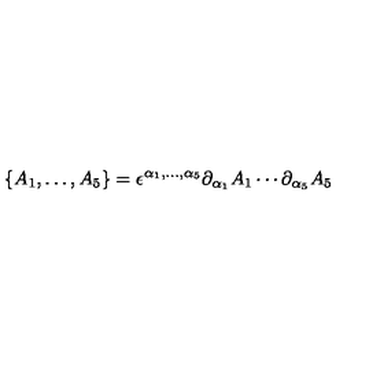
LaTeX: \{ A _ { 1 } , \dots , A _ { 5 } \} = \epsilon ^ { \alpha _ { 1 } , \dots , \alpha _ { 5 } } \partial _ { \alpha _ { 1 } } A _ { 1 } \cdots \partial _ { \alpha _ { 5 } } A _ { 5 }